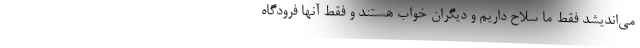
می‌اندیشد فقط ما سلاح داریم و دیگران خواب هستند و فقط آنها فرودگاه